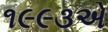
૧૯૯૩એ